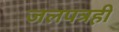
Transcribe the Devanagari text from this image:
जलपत्रही